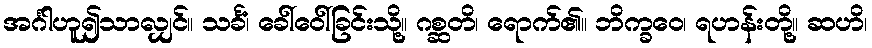
အင်္ဂါဟူ၍သာလျှင်။ သင်္ခံ၊ ခေါ်ဝေါ်ခြင်းသို့။ ဂစ္ဆတိ၊ ရောက်၏။ ဘိက္ခဝေ၊ ရဟန်းတို့။ ဆဟိ၊